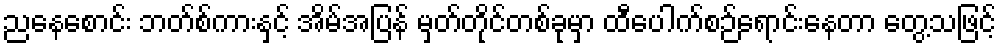
ညနေစောင်း ဘတ်စ်ကားနှင့် အိမ်အပြန် မှတ်တိုင်တစ်ခုမှာ ထီပေါက်စဉ်ရောင်းနေတာ တွေ့သဖြင့်